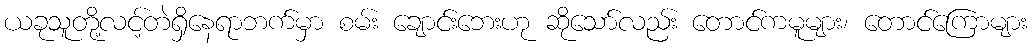
ယခုသူတို့လင့်တဲရှိနေရာဘက်မှာ စမ်း ချောင်းဘေးဟု ဆိုသော်လည်း တောင်ကမူများ၊ တောင်ကြောများ